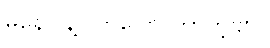
မနေပါနဲ့ လာပြော တာတဲ့ဗျာ။